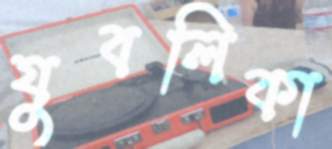
যুবলিকা